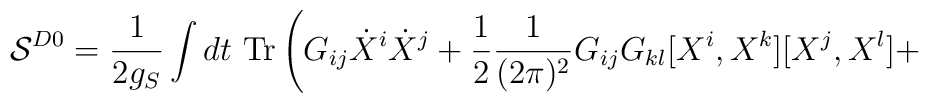
{\cal S}^{D0} = \frac{1}{2 g_{S}} \int dt~{\rm Tr} \left(G_{ij} \dot{X}^i  \dot{X}^j+ \frac{1}{2}\frac{1}{(2\pi)^2} G_{ij} G_{kl} [X^i,X^k] [X^j,X^l]+  \right.